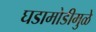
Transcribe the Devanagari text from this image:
घडामोडीमुळे